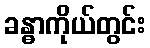
ခန္ဓာကိုယ်တွင်း